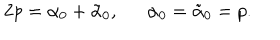
2 p = \alpha _ { 0 } + \tilde { \alpha } _ { 0 } , \alpha _ { 0 } = \tilde { \alpha } _ { 0 } = p .